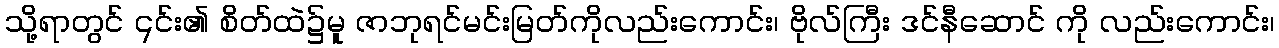
သို့ရာတွင် ၎င်း၏ စိတ်ထဲ၌မူ ဇာဘုရင်မင်းမြတ်ကိုလည်းကောင်း၊ ဗိုလ်ကြီး ဒင်နီဆောင် ကို လည်းကောင်း၊